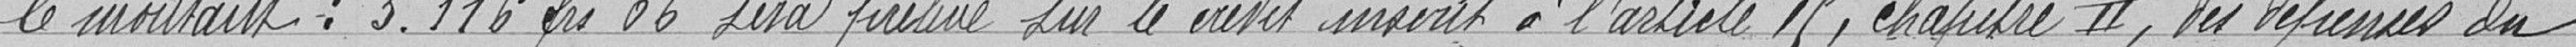
le montant : 3.116 francs 06 sera prélevé sur le crédit inscrit à l'article 15, chapitre II, les dépenses du